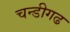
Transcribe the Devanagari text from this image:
चन्डीगढ